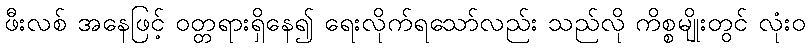
ဖီးလစ် အနေဖြင့် ဝတ္တရားရှိနေ၍ ရေးလိုက်ရသော်လည်း သည်လို ကိစ္စမျိုးတွင် လုံးဝ